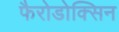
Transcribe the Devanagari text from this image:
फैरोडोक्सिन